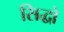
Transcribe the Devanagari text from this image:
सिद्धो